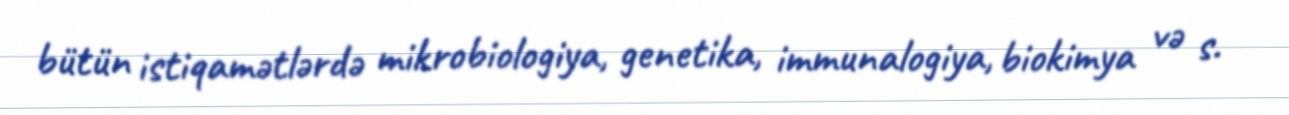
bütün istiqamətlərdə mikrobiologiya, genetika, immunalogiya, biokimya və s.